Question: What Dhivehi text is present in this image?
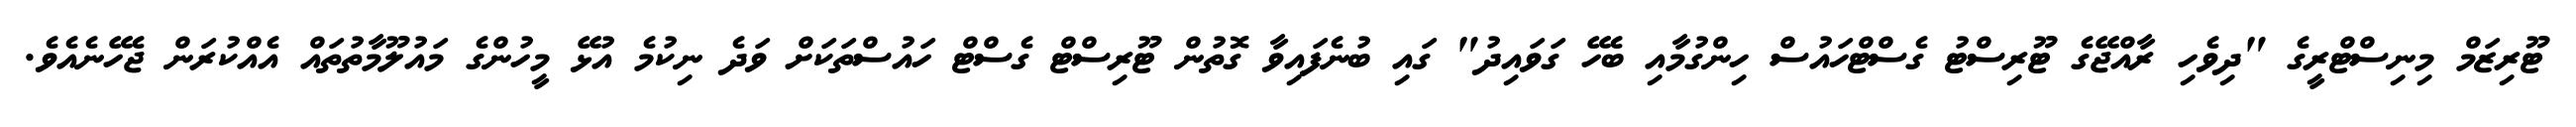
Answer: ޓޫރިޒަމް މިނިސްޓްރީގެ "ދިވެހި ރާއްޖޭގެ ޓޫރިސްޓު ގެސްޓްހައުސް ހިންގުމާއި ބެހޭ ގަވައިދު" ގައި ބުނެފައިވާ ގޮތުން ޓޫރިސްޓް ގެސްޓް ހައުސްތަކަށް ވަދެ ނިކުމެ އުޅޭ މީހުންގެ މައުލޫމާތުތައް އެއްކުރަން ޖެހޭނެއެވެ.